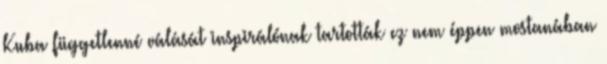
Kuba függetlenné válását inspirálónak tartották ez nem éppen mostanában